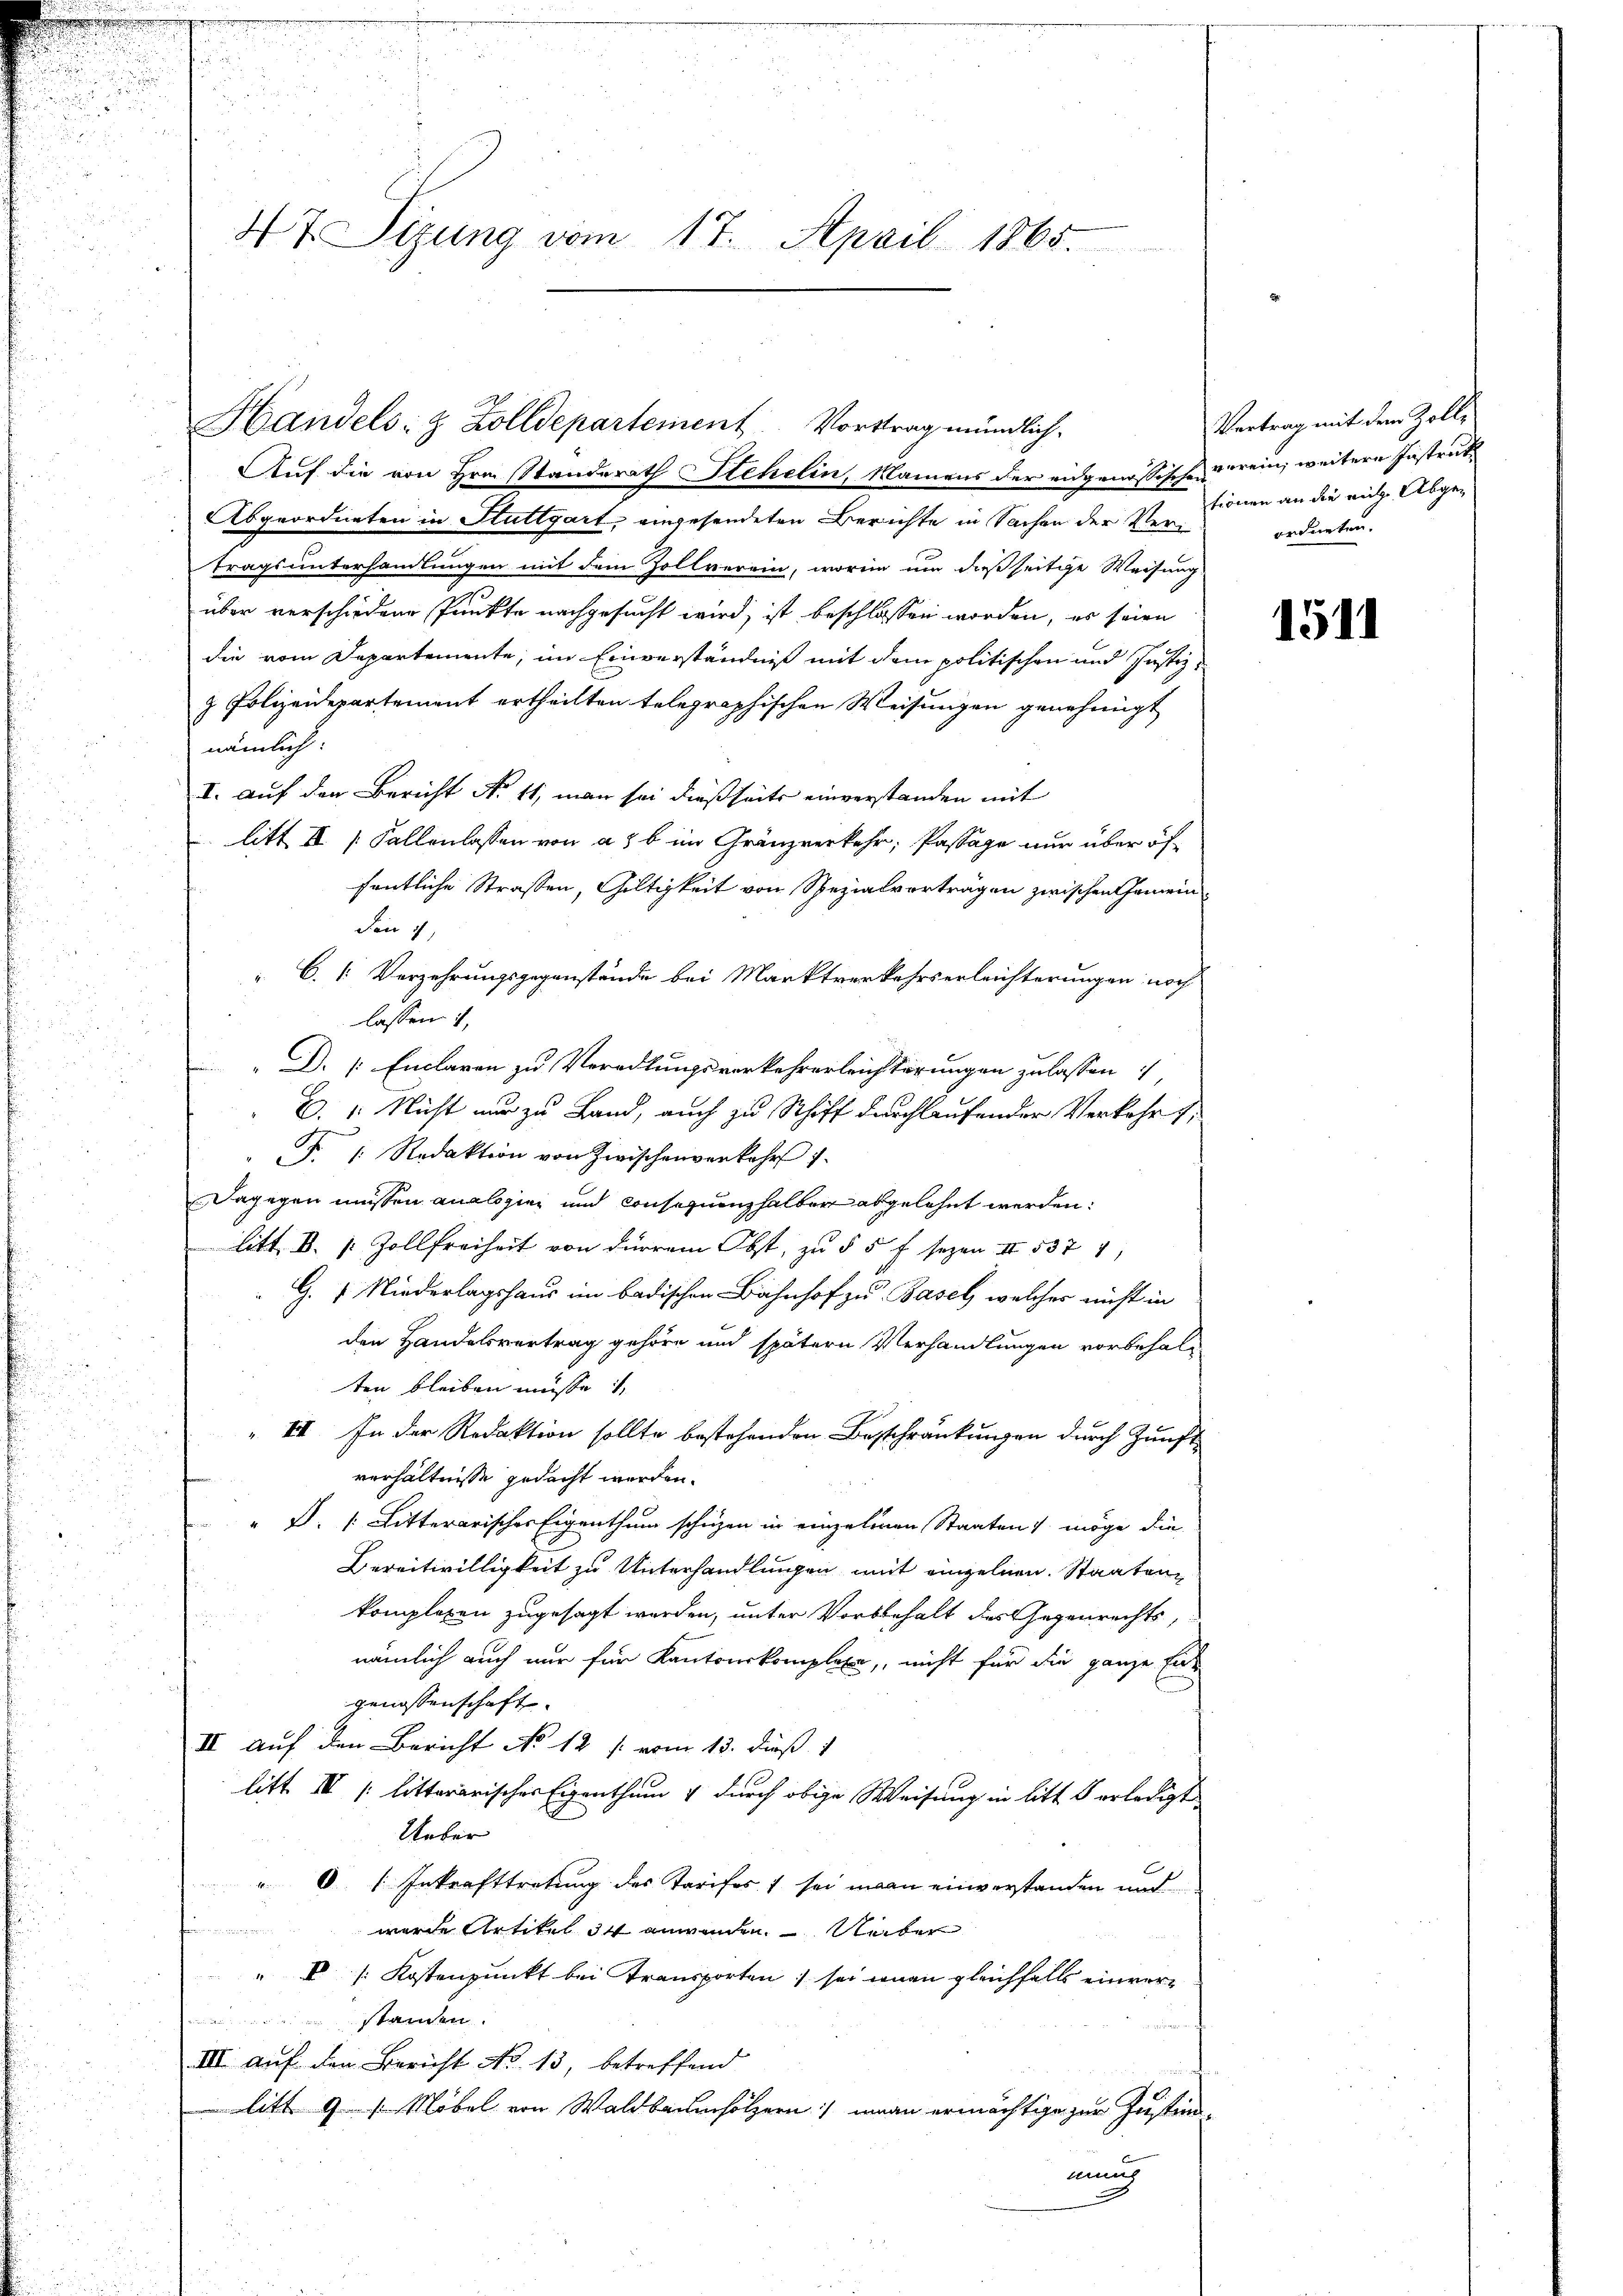
47. Sizung vom 17. April 1865.

Auf die von Hrn. Standerath Stehelin, Namens der eidgenössischen wein, weitere Instruk
Abgeordneten in Stuttgart, eingesendeten Berichte in Sachen der Vertragsunterhandlungen mit dem Zollverein, worinn um dießseitige Weisung
über verschiedene Punkte nachgesucht wird, ist beschlossen worden, er seien
die vom Departemente, im Einverständniß mit dem politischen und Justiz-
& Polizeidepartement ertheilten telegraphischen Weisungen genehmigt
nämlich:
I. auf den Bericht No 11, man sei dießseits einverstanden mit
litt III [Fallenlassen von a b im Gränzverkehr, Passage nur über öffentliche Strassen, Gültigkeit von Spezialverträgen zwischen Gemein
Den 1
C. (: Verzehrungsgegenstände bei Marktverkehrserleichterungen noch
lassen i
D. /: Enclaren zu Veradlungsverkehrerleichterungen zulassen,
C. " Nicht nur zu Land, auch zu Schiff durchlaufender Verkehrt,
.
F. |: Redaktion von Zwischenverkehrs 1.
Dagegen müssen analogie und Consequenzhalber abgelehnt werden:
litt. B. s. Zollfreiheit von dürren Obst, zu § 5 f sezen II 537 4
G. 1. Niederlagshaus im badischen Bahnhof zu Basel, welches nicht in
den Handelsvertrag gehöre und spätern Verhandlungen vorbehalten bleiben müsse ist,
III. In der Redaktion sollte bestehenden Beschränkungen durch Zunft
verhältnisse gedacht werden.
" D. /: Litterarischer Eigenthum schüzen in einzelnen Staaten möge die
Bereitwilligkeit zu Unterhandlungen mit einzelnen. Staaten
komplexen zugesagt werden, unter Vorbehalt des Gegenrechts,
nämlich auch nur für Kantonskomplexe, nicht für die ganze Ent
genossenschaft.
II auf den Bericht No 12 f: vom 13. dieß. 1
litt III [litterarischer Eigenthum & durch obige Weisung in litt 5 erledigt
Ueber
" Inkrafttretung des Tarifes sei man einverstanden und

wurde Artikel 34 anwenden Ueber
" V /: Kostenpunkt bei Transporten sei ein gleichfalls einverstanden
III. aŭf den Bericht No. 13, betreffend
ch
litt. 9 s. Möbel von Waldbaumholzern) umnan ermächtige zur Justimmung

Handels- & Zolldepartement. Vortrag mündlich.

Vertrag mit dem Zolltionen an die mit Abgeordneten.

1511